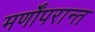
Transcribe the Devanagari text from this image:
मर्णोंपरान्त